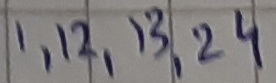
Text: 1,12,13,24